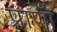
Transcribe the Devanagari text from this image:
प्राणोँ